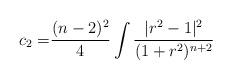
LaTeX: \begin{align*}c_{2}= &\frac{(n-2)^{2}}{4}\int \frac{\vert r^{2}-1\vert^{2}}{(1+r^{2})^{n+2}}\end{align*}